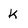
Character: k